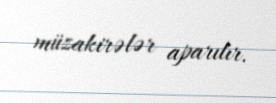
müzakirələr aparılır.